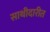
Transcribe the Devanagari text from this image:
साथीदारीत